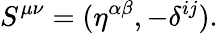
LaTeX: S^{\mu\nu}=(\eta^{\alpha\beta},-\delta^{ij}).